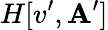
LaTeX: H[v^{\prime},\mathbf{A}^{\prime}]